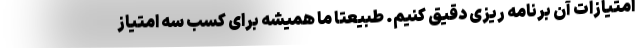
امتیازات آن برنامه ریزی دقیق کنیم. طبیعتا ما همیشه برای کسب سه امتیاز